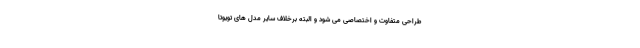
طراحی متفاوت و اختصاصی می شود و البته برخلاف سایر مدل های تویوتا